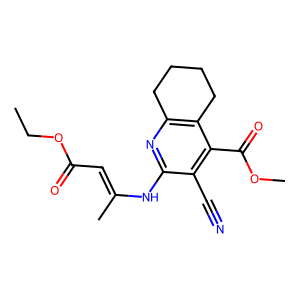
SMILES: CCOC(=O)C=C(C)Nc1nc2c(c(C(=O)OC)c1C#N)CCCC2
Inhibits HIV replication: No